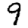
Digit: 9